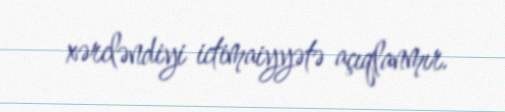
xərcləndiyi ictimaiyyətə açıqlanmır.